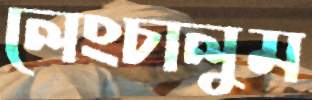
লেংচালুম